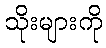
သိုးများကို